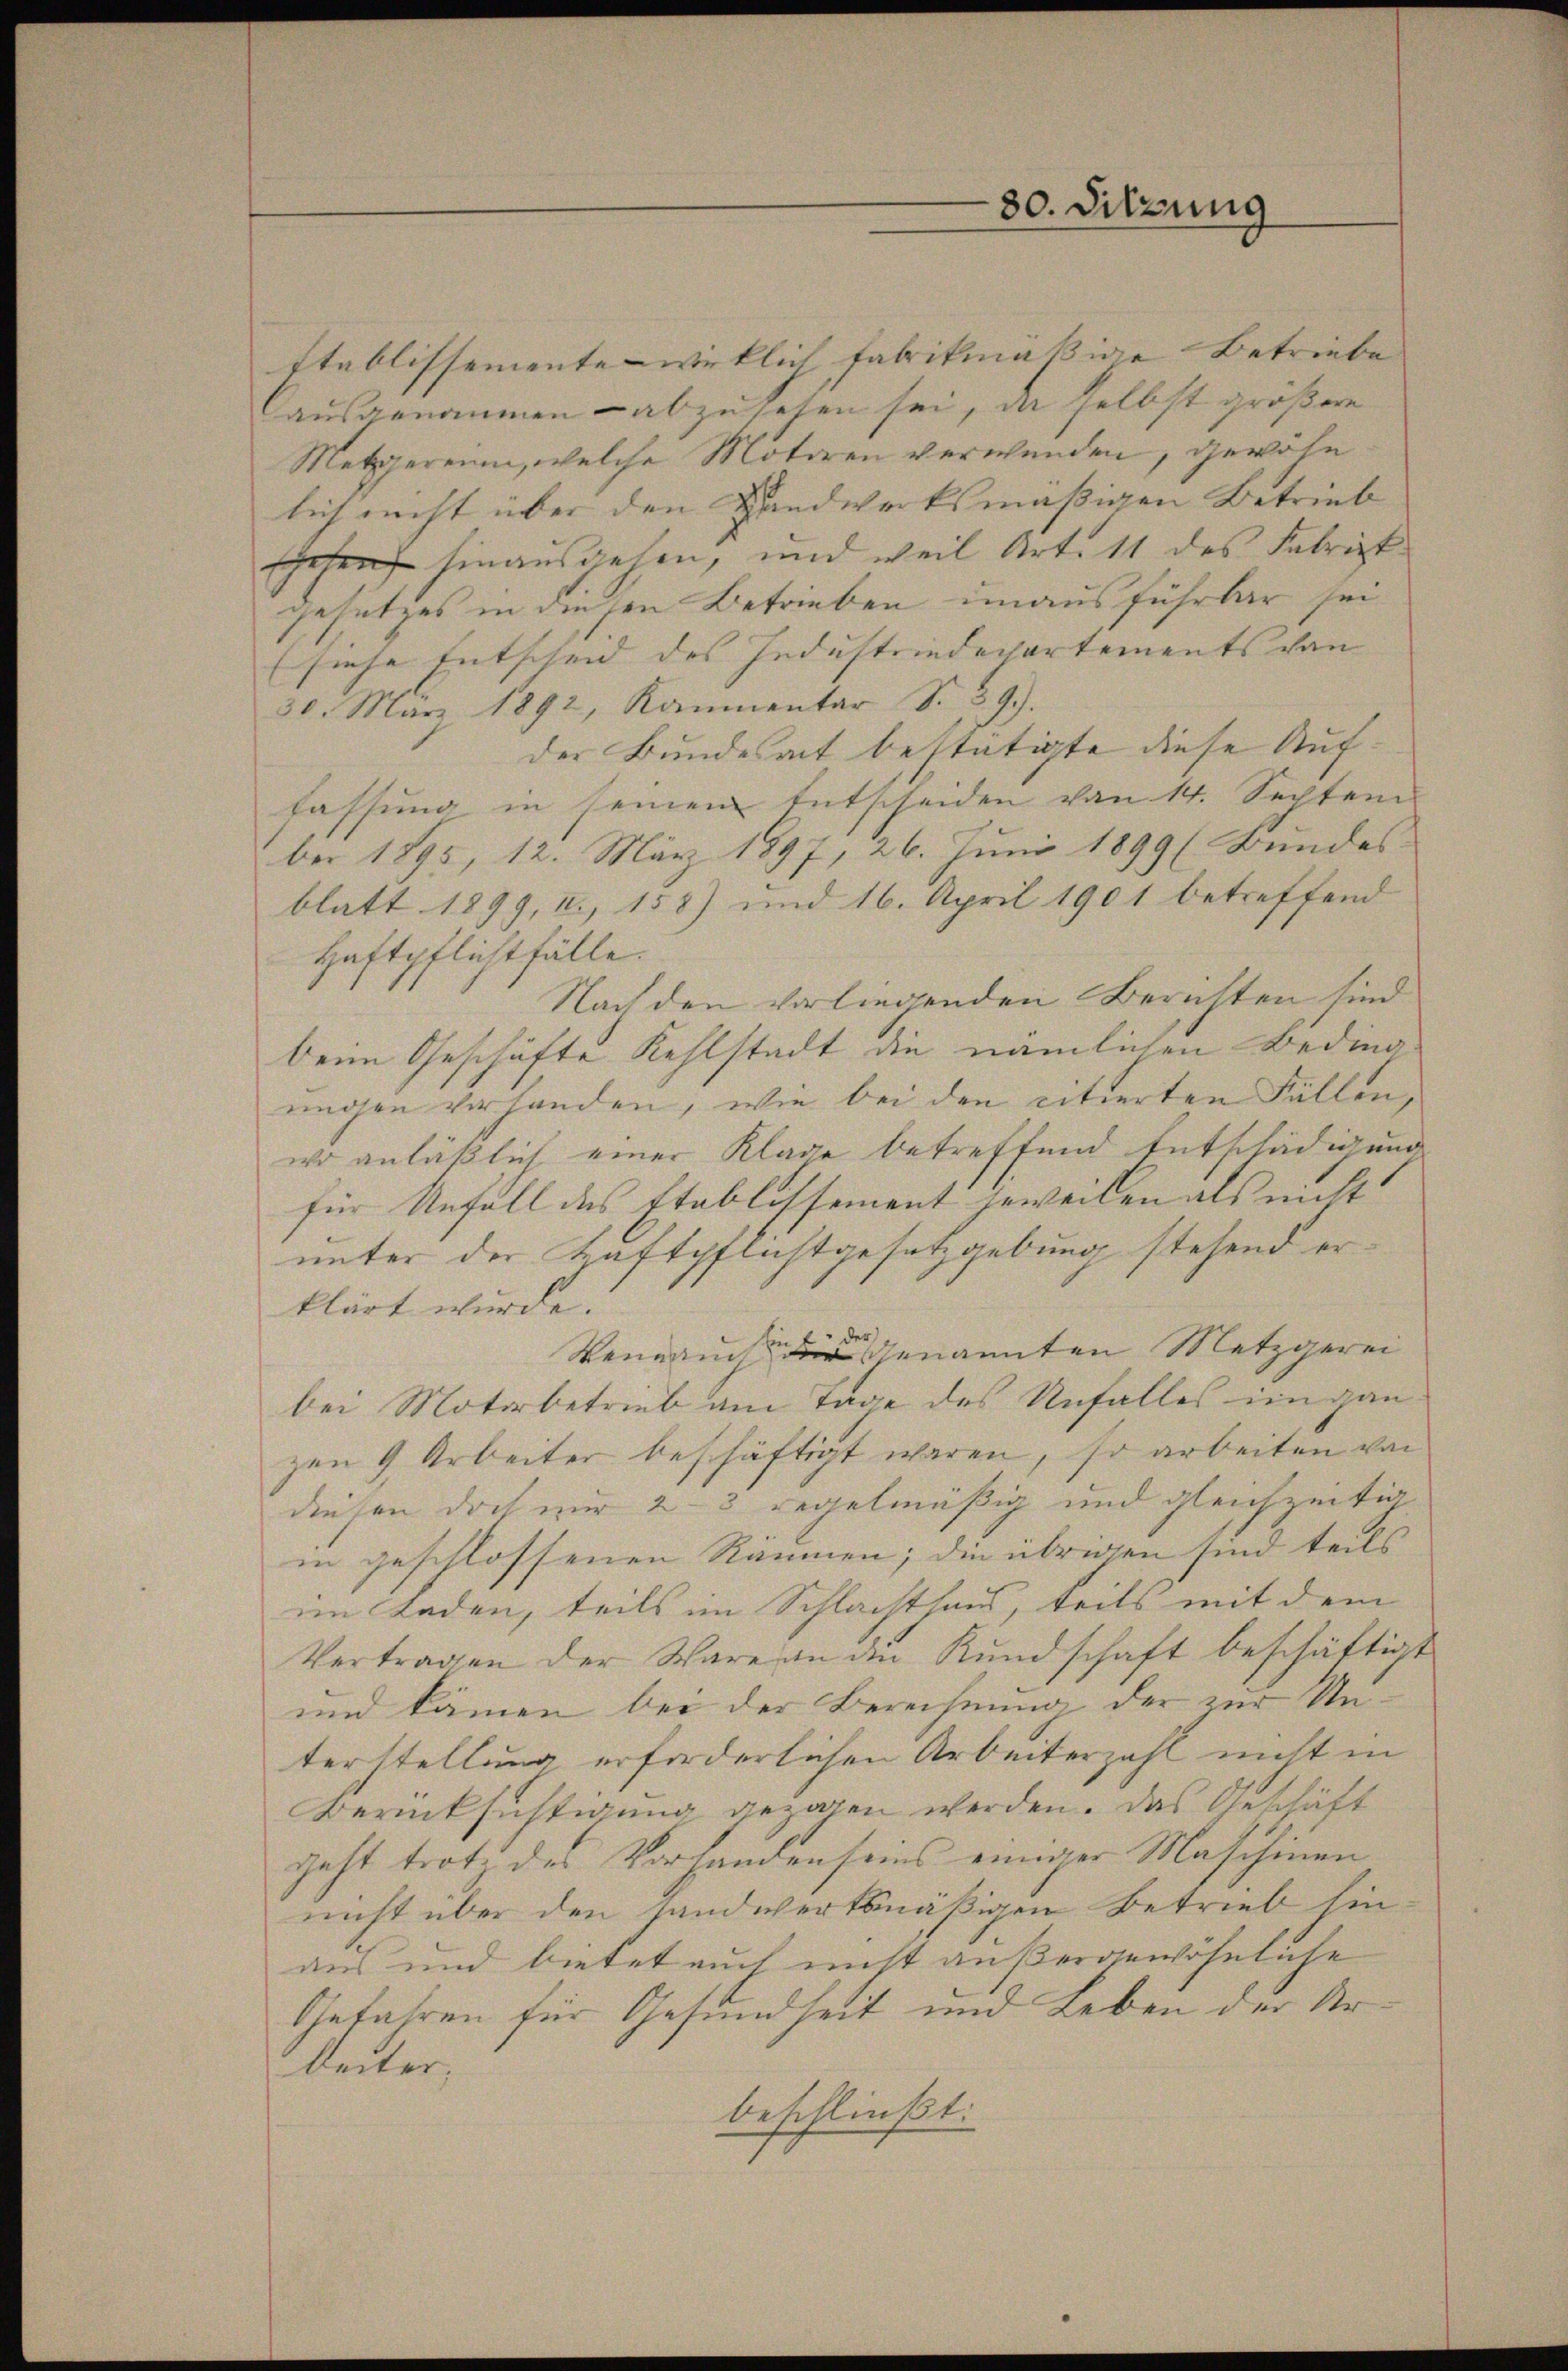
80. Sitzung

Etablissemente wirklich fabrikmässige Betriebe |
Causgenommen - abzusehen sei, da selbst größere
Metieren, welche Motoren verwenden, gewöhn
lich nicht über den Handwerksmässigen Betrieb
Gehen hinausgehen, und weil Art. 11 des Fabrizt
gesetzes in diesen Betrieben unausführbar sei
(siehe Entscheid des Industrindepartements von |
30. März 1892, Kammentar S. 59).
der Bundesact bestätigte diese Auffassung in seinem Entscheiden von 14. Sechtem
ber 1895, 12. März 1897, 26. Juni 1899 (Bundes- |
blatt 1899, I., 158) und 16. April 1901 betreffend
Haftpflicht fälle.
Nach den vorliegenden Berichten sind
beim Geschäfte Kehlstadt die nämlichen Beding
ungen vorhanden, wie bei den citierten Fällen,
wo anläßlich einer Klage betreffend Entschädigung
für Unfall des Etablissement jeweilen als nicht |
unter der Haftpflichtgesetzgebung stehend er-
klärt wurde.
Wenn auch genannten Metzgerei
bei Motorbetrieb am Tage des Unfalles engan
zen 9 Arbeiter beschäftigt waren, so arbeiten von
diesen doch mir 2-3 regelmäßig und gleichzeitig
in geschlossenen Räumen; die übrigen sind teils
im Laden, teils im Schlachthaus, teils mit dem
Vertragen der Wäre an die Kundschaft beschäftigt
und kämen bei der Berechnung der zur Unterstellung erforderlichen Arbeiterzahl nicht in
Berücksichtigung gezogen werden. Das Geschäft
geht trotz des Vorhanden seins einiger Maschinen
nicht über den handwertsmäßigen Betrieb hin
aus und bietet auch nicht außergewöhnliche
Gefahren für Gesundheit und Leben der Arbeiter,
beschließt: